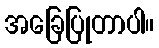
အခြေပြုတာပါ။